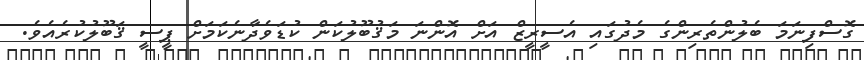
ގޮސްފިނަމަ ބެލުންތެރިންގެ މެދުގައި އެސީރީޒް އަށް އޮންނަ މަޤުބޫލުކަން ކުޑަވެދާނެކަމަށް ޕީސީ ޤަބޫލުކުރެއެވެ.